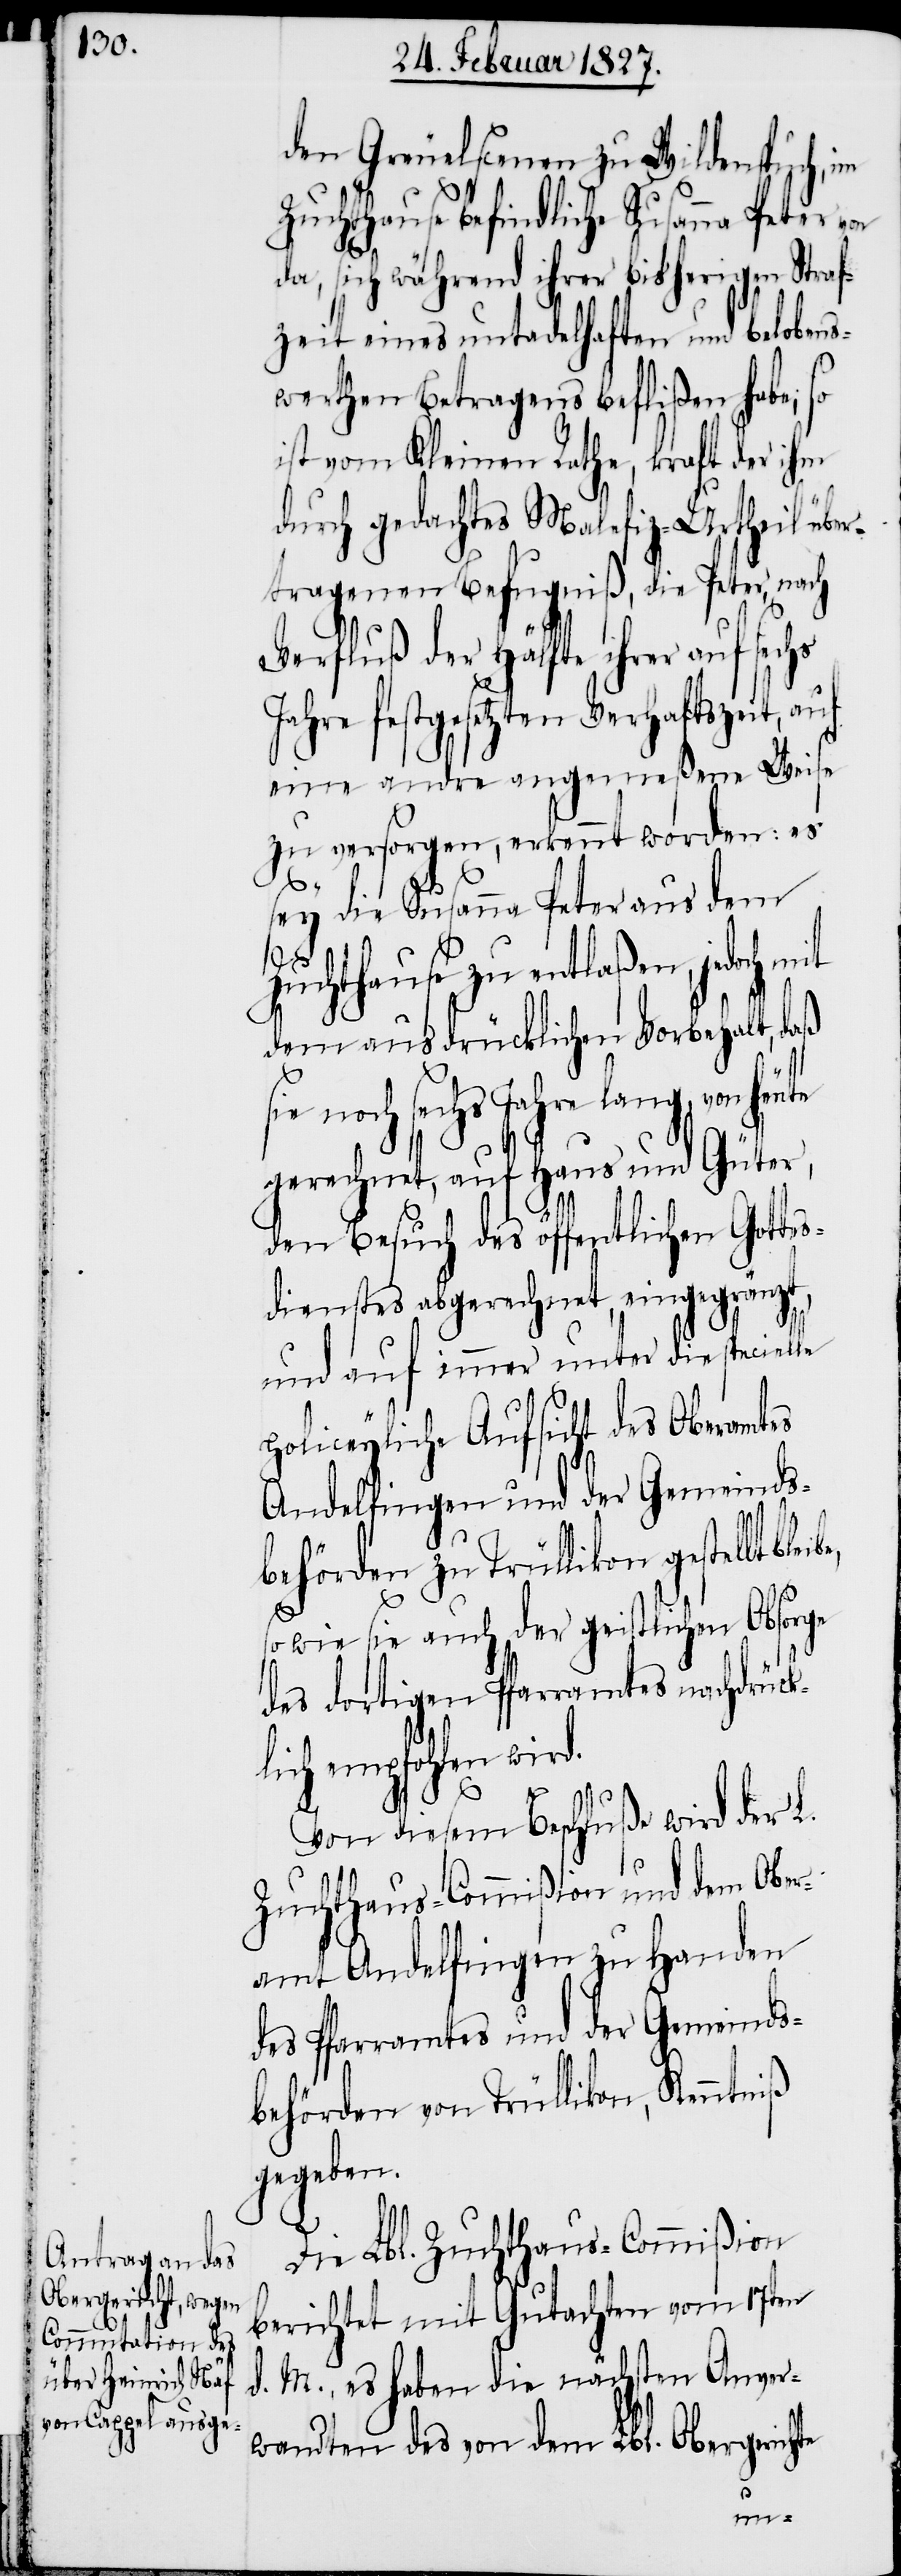
den Greuelscenen zu Wildenspuch, im
Zuchthause befindliche Susanne Peter
da, sich während ihrer bisherigen Straf¬
zeit eines untadelhaften und belobens¬
werthen Betragens beflißen habe; so
ist vom Kleinen Rathe, kraft der ihm
durch gedachtes Malefiz-Urtheil über¬
tragenen Befugniß, die Peter, nach
Verfluß der Hälfte ihrer auf sec¬
Jahre festgesetzten Verhaftszeit, auf
eine andre angemeßene Weise
zu versorgen, erkennt worden: es
sey die Susanna Peter aus dem
Zuchthause zu entlaßen, jedoch
dem ausdrücklichen Vorbehalt, daß
von heute
gerechnet, auf Haus und Güter,
den Besuch des öffentlichen Gottes¬
dienstes abgerechnet, eingegränzt,
lle
und auf immer unter die specie¬
policeyliche Aufsicht des Oberamtes
Andelfingen und der Gemeinds¬
behörden zu Trüllikon gestellt
so wie sie auch der geistlichen Obsorges
des dortigen Pfarramtes nachdrück¬
lich empfohlen wir¬
d.
Von diesem Beschluße wird der L.
Zuchthaus-Commißion und dem Ober¬
amt Andelfingen zu Handen
des Pfarramtes und der Gemeinds¬
behörden von Trüllikon, Kenntniß
gegeben.
Die Lbl. Zuchthaus-Commißion
berichtet mit Gutachten vom 17ten
d. M., es haben die nächsten Anver¬
wandten des von dem Lbl. Obergerichte